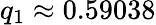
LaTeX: q_{1}\approx 0.59038